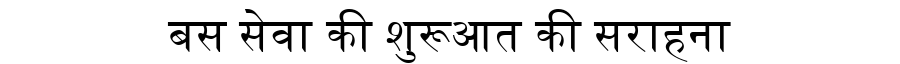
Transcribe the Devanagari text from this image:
बस सेवा की शुरूआत की सराहना